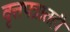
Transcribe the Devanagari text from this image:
वृत्तपत्रातही